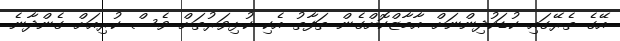
އޭގެ ތެރޭގައި ކުޑަކުދިންނަށް އާމާޒްކޮށްގެން ތަފާތު އެކި ކުޅިވަރުތަށް ވެސް ކުރިއަށް ގެންދާނެ